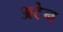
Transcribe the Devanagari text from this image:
अटेन